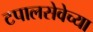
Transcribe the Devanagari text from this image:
टपालसेवेच्या